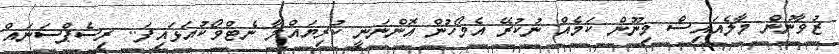
ޒުވާނުން މާލެއައިސް މިނޫން ކަމެއް ނުކުރޭ އެމޯހުން އޮންނަނީ ކުރިޔައްލާ ނެޓްވޯކުއަޅައިފަ.. ރިސެޕްސަނައް